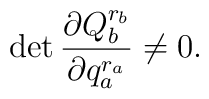
\det \frac{\partial Q_b^{r_b}}{\partial q_a^{r_a}} \neq 0.